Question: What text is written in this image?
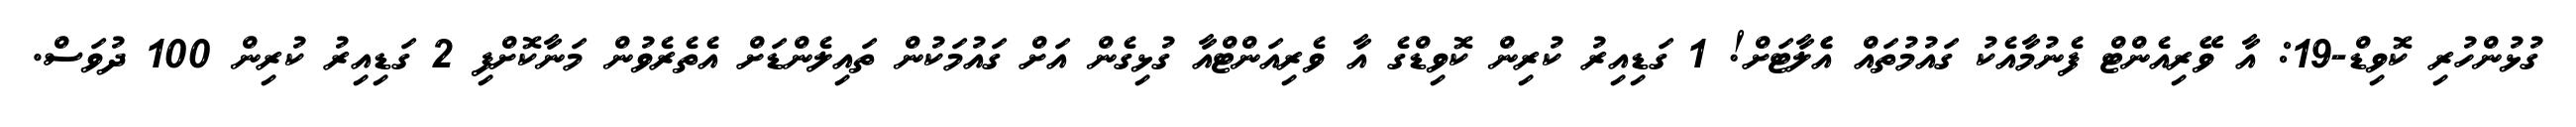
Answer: ގުޅުންހުރި ކޮވިޑް-19: އާ ވޭރިއެންޓް ފެނުމާއެކު ގައުމުތައް އެެލާޓަށް! 1 ގަޑިއިރު ކުރިން ކޮވިޑްގެ އާ ވެރިއަންޓްއާ ގުޅިގެން އަށް ގައުމަކުން ތައިލެންޑަށް އެތެރެވުން މަނާކޮށްފި 2 ގަޑިއިރު ކުރިން 100 ދުވަސް.